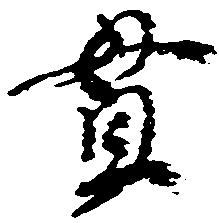
貫